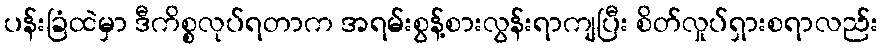
ပန်းခြံထဲမှာ ဒီကိစ္စလုပ်ရတာက အရမ်းစွန့်စားလွန်းရာကျပြီး စိတ်လှုပ်ရှားစရာလည်း